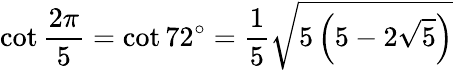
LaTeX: \cot{\frac{2\pi}{5}}=\cot 72^{\circ}={\frac{1}{5}}{\sqrt{5\left(5-2{\sqrt{5}}\right)}}